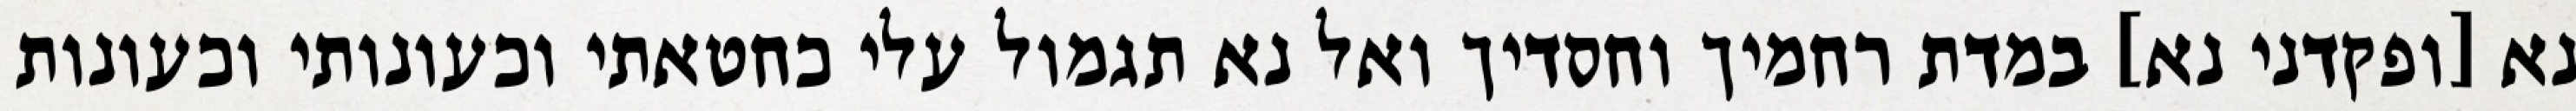
נא [ופקדני נא] במדת רחמיך וחסדיך ואל נא תגמול עלי כחטאתי וכעונותי וכעונות